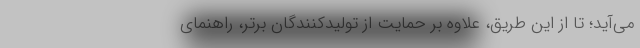
می‌آید؛ تا از این طریق، علاوه بر حمایت از تولیدکنندگان برتر، راهنمای